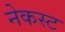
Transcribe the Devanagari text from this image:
नेकस्ट